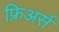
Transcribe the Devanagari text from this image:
फ्रिअर्स